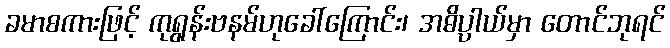
ခမာစကားဖြင့် ကုရွန်းဗနမ်ဟုခေါ်ကြောင်း၊ အဓိပ္ပါယ်မှာ တောင်ဘုရင်